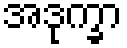
အဒုက္ခာ